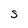
Character: S